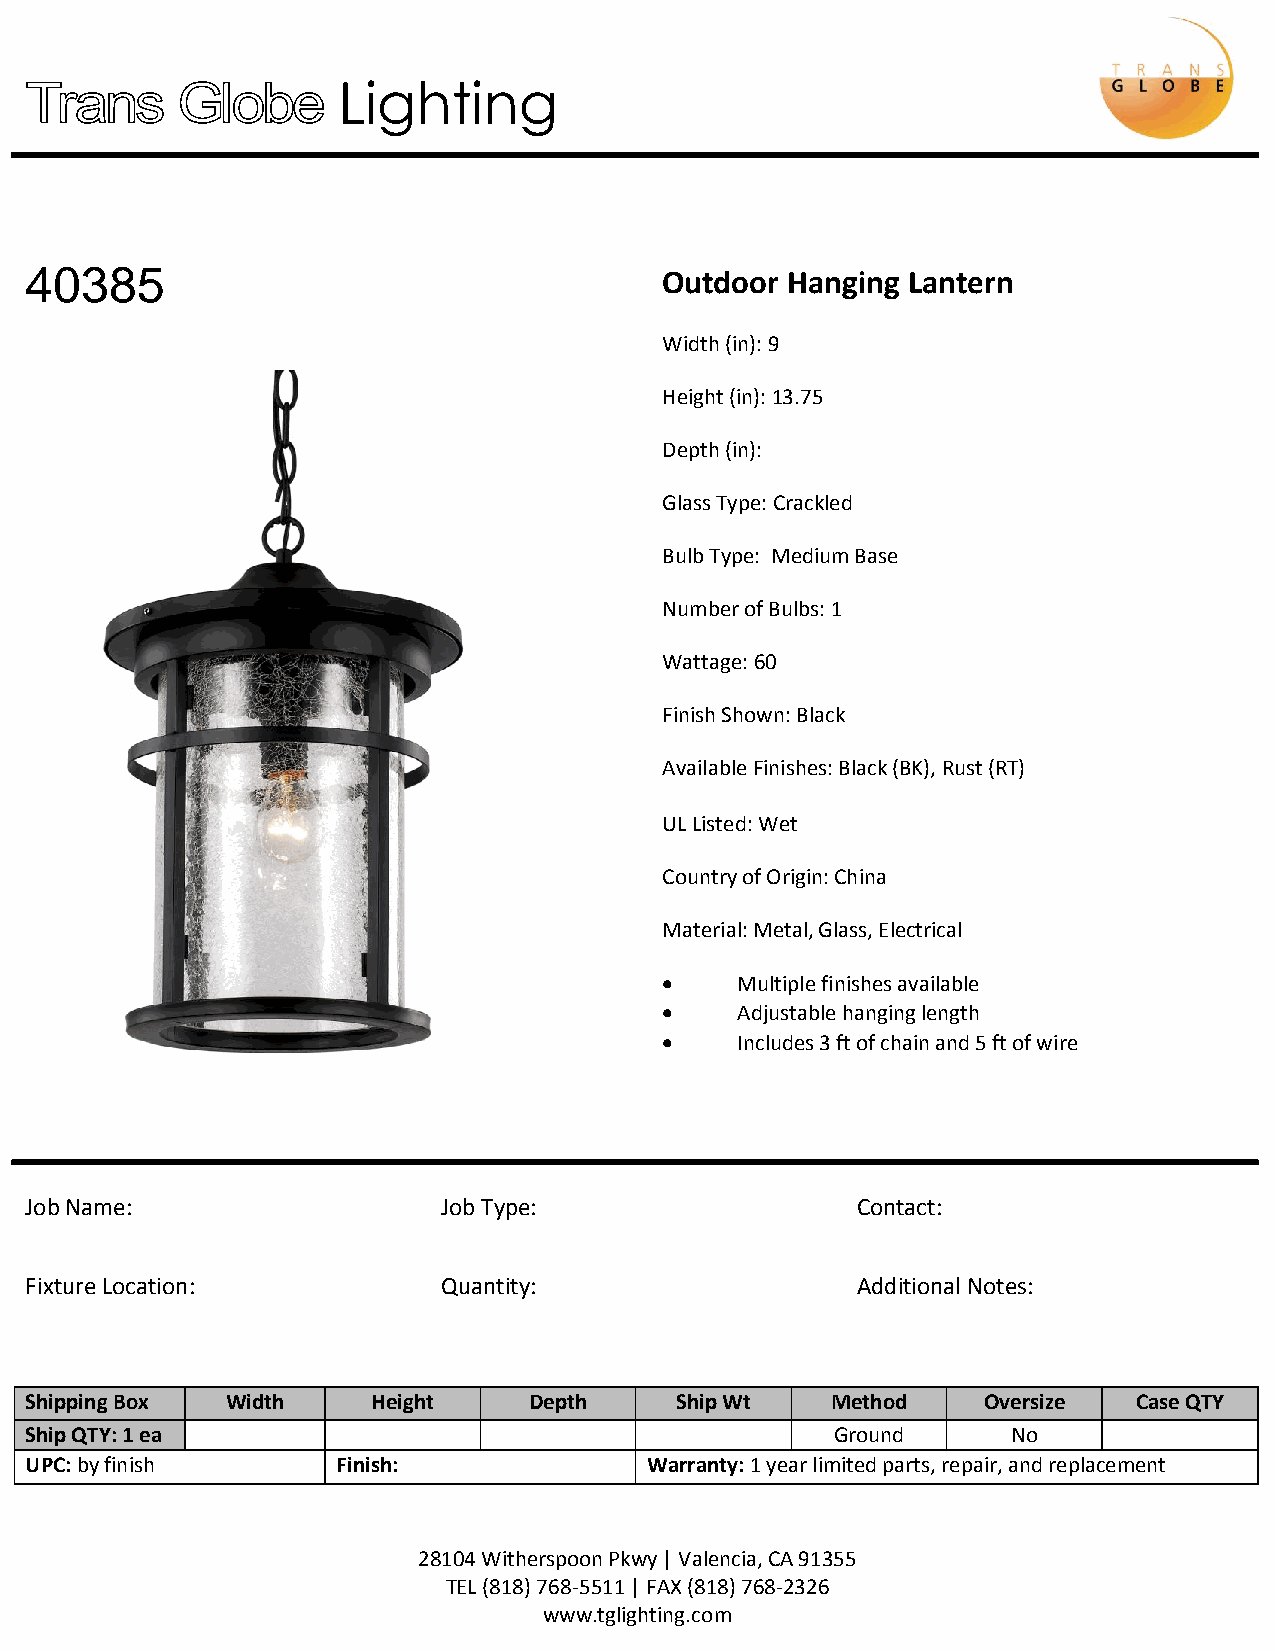
Lighting
 40385                                     Outdoor Hanging Lantern
 Width (in): 9
 Height (in): 13.75
 Depth (in):
 Glass Type: Crackled
 Bulb Type: Medium Base
 Number of Bulbs: 1
 Wattage: 60
 Finish Shown: Black
 Available Finishes: Black (BK), Rust (RT)
 UL Listed: Wet
 Country of Origin: China
 Material: Metal, Glass, Electrical
     Multiple finishes available
     Adjustable hanging length
     Includes 3 ft of chain and 5 ft of wire
 Job Name:                  Job Type:                   Contact:
 Fixture Location:          Quantity:                   Additional Notes:
 Shipping Box Width     Height    Depth     Ship Wt   Method    Oversize  Case QTY
 Ship QTY: 1 ea                                       Ground      No
 UPC: by finish      Finish:              Warranty: 1 year limited parts, repair, and replacement
 28104 Witherspoon Pkwy | Valencia, CA 91355
 TEL (818) 768-5511 | FAX (818) 768-2326
 www.tglighting.com